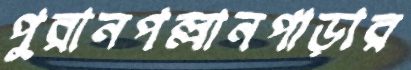
পুরানপল্লানপাড়ার